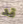
قد